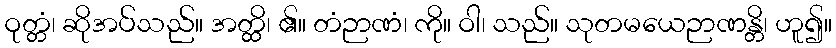
ဝုတ္တံ၊ ဆိုအပ်သည်။ အတ္ထိ၊ ၏။ တံဉာဏံ၊ ကို။ ဝါ၊ သည်။ သုတမယေဉာဏန္တိ၊ ဟူ၍။